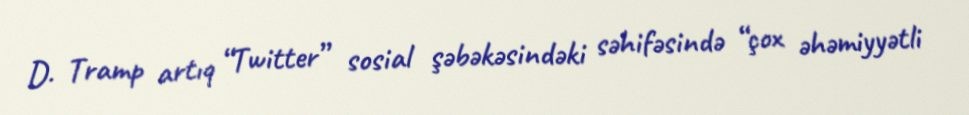
D. Tramp artıq “Twitter” sosial şəbəkəsindəki səhifəsində “çox əhəmiyyətli